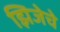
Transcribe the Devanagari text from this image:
झिजेचे